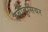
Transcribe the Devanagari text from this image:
हबीबुसियर